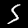
Digit: 5